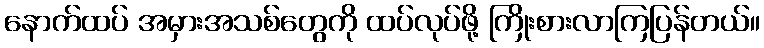
နောက်ထပ် အမှားအသစ်တွေကို ထပ်လုပ်ဖို့ ကြိုးစားလာကြပြန်တယ်။